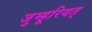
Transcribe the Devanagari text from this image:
जुम्हूरियत्